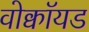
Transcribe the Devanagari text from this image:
वोक्वॉयड